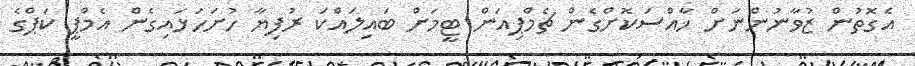
އެގޮތުން ޒުވާނުންނަށް ޚާއްސަކޮށްގެން ޗެމްޕިއަން ޓީމަށް ބައިލައްކަ ރުފިޔާ ހުށަހަޅައިގެން އެމްޕީ ކަޕްގެ